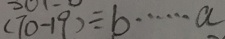
( 7 0 - 1 9 ) \div b \cdots a